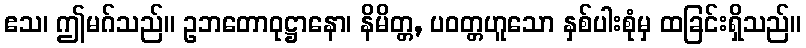
ဧသ၊ ဤမဂ်သည်။ ဥဘတောဝုဋ္ဌာနော၊ နိမိတ္တ, ပဝတ္တဟူသော နှစ်ပါးစုံမှ ထခြင်းရှိသည်။